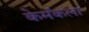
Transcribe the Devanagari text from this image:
केमॅकला